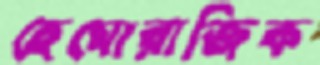
হেমোরাজিক